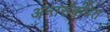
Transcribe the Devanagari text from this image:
अन्तर्संबंधित